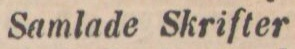
Samlade Skrifter